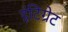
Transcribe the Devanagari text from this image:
इंटिग्रेट